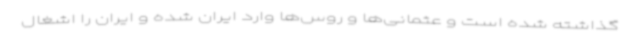
گذاشته شده است و عثمانی‌ها و روس‌ها وارد ایران شده و ایران را اشغال